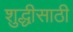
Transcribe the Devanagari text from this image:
शुद्धीसाठी